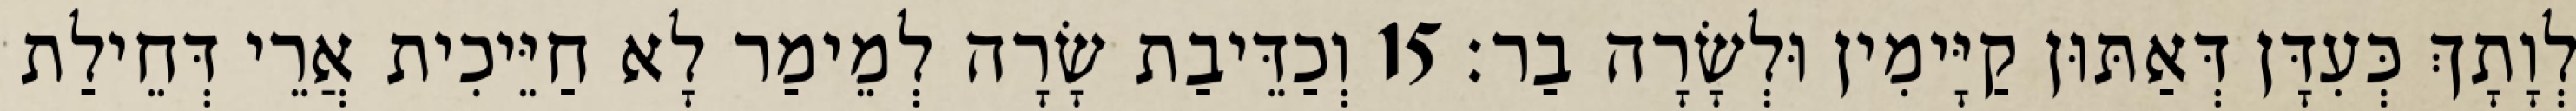
לְוָתָךְ כְּעִדָּן דְּאַתּוּן קַיָּימִין וּלְשָׂרָה בַר׃ 15 וְכַדֵּיבַת שָׂרָה לְמֵימַר לָא חַיֵּיכִית אֲרֵי דְּחֵילַת